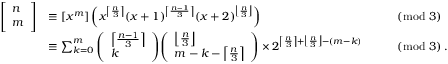
{ \begin{array} { r l r l } { { \left[ \begin{array} { l } { n } \\ { m } \end{array} \right] } } & { \equiv [ x ^ { m } ] \left( x ^ { \left\lceil { \frac { n } { 3 } } \right\rceil } ( x + 1 ) ^ { \left\lceil { \frac { n - 1 } { 3 } } \right\rceil } ( x + 2 ) ^ { \left\lfloor { \frac { n } { 3 } } \right\rfloor } \right) } & & { { \pmod { 3 } } } \\ & { \equiv \sum _ { k = 0 } ^ { m } { \left( \begin{array} { l } { \left\lceil { \frac { n - 1 } { 3 } } \right\rceil } \\ { k } \end{array} \right) } { \left( \begin{array} { l } { \left\lfloor { \frac { n } { 3 } } \right\rfloor } \\ { m - k - \left\lceil { \frac { n } { 3 } } \right\rceil } \end{array} \right) } \times 2 ^ { \left\lceil { \frac { n } { 3 } } \right\rceil + \left\lfloor { \frac { n } { 3 } } \right\rfloor - ( m - k ) } } & & { { \pmod { 3 } } \, . } \end{array} }